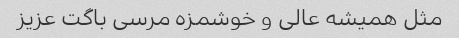
مثل همیشه عالی و خوشمزه مرسی باگت عزیز